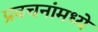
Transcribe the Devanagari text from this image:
प्रवचनांमध्ये